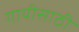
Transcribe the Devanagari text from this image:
गायीसाठी